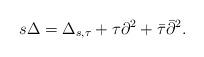
LaTeX: \begin{align*}s\Delta=\Delta_{s,\tau}+\tau\partial^{2}+\bar{\tau}\bar{\partial}^{2}.\end{align*}